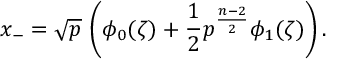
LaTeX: x _ { - } = \sqrt { p } \, \left( \phi _ { 0 } ( \zeta ) + \frac { 1 } { 2 } p ^ { \frac { n - 2 } { 2 } } \phi _ { 1 } ( \zeta ) \right) .